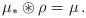
LaTeX: \begin{align*} \mu_\ast \circledast \rho = \mu\,. \end{align*}